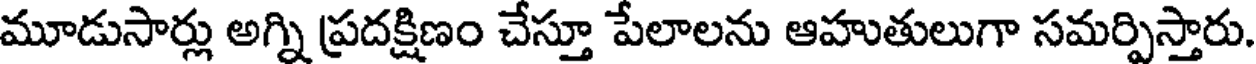
మూడుసార్లు అగ్ని ప్రదక్షిణం చేస్తూ పేలాలను ఆహుతులుగా సమర్పిస్తారు.